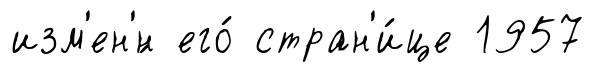
изм'ен'́н его́ стран'и́це 1957